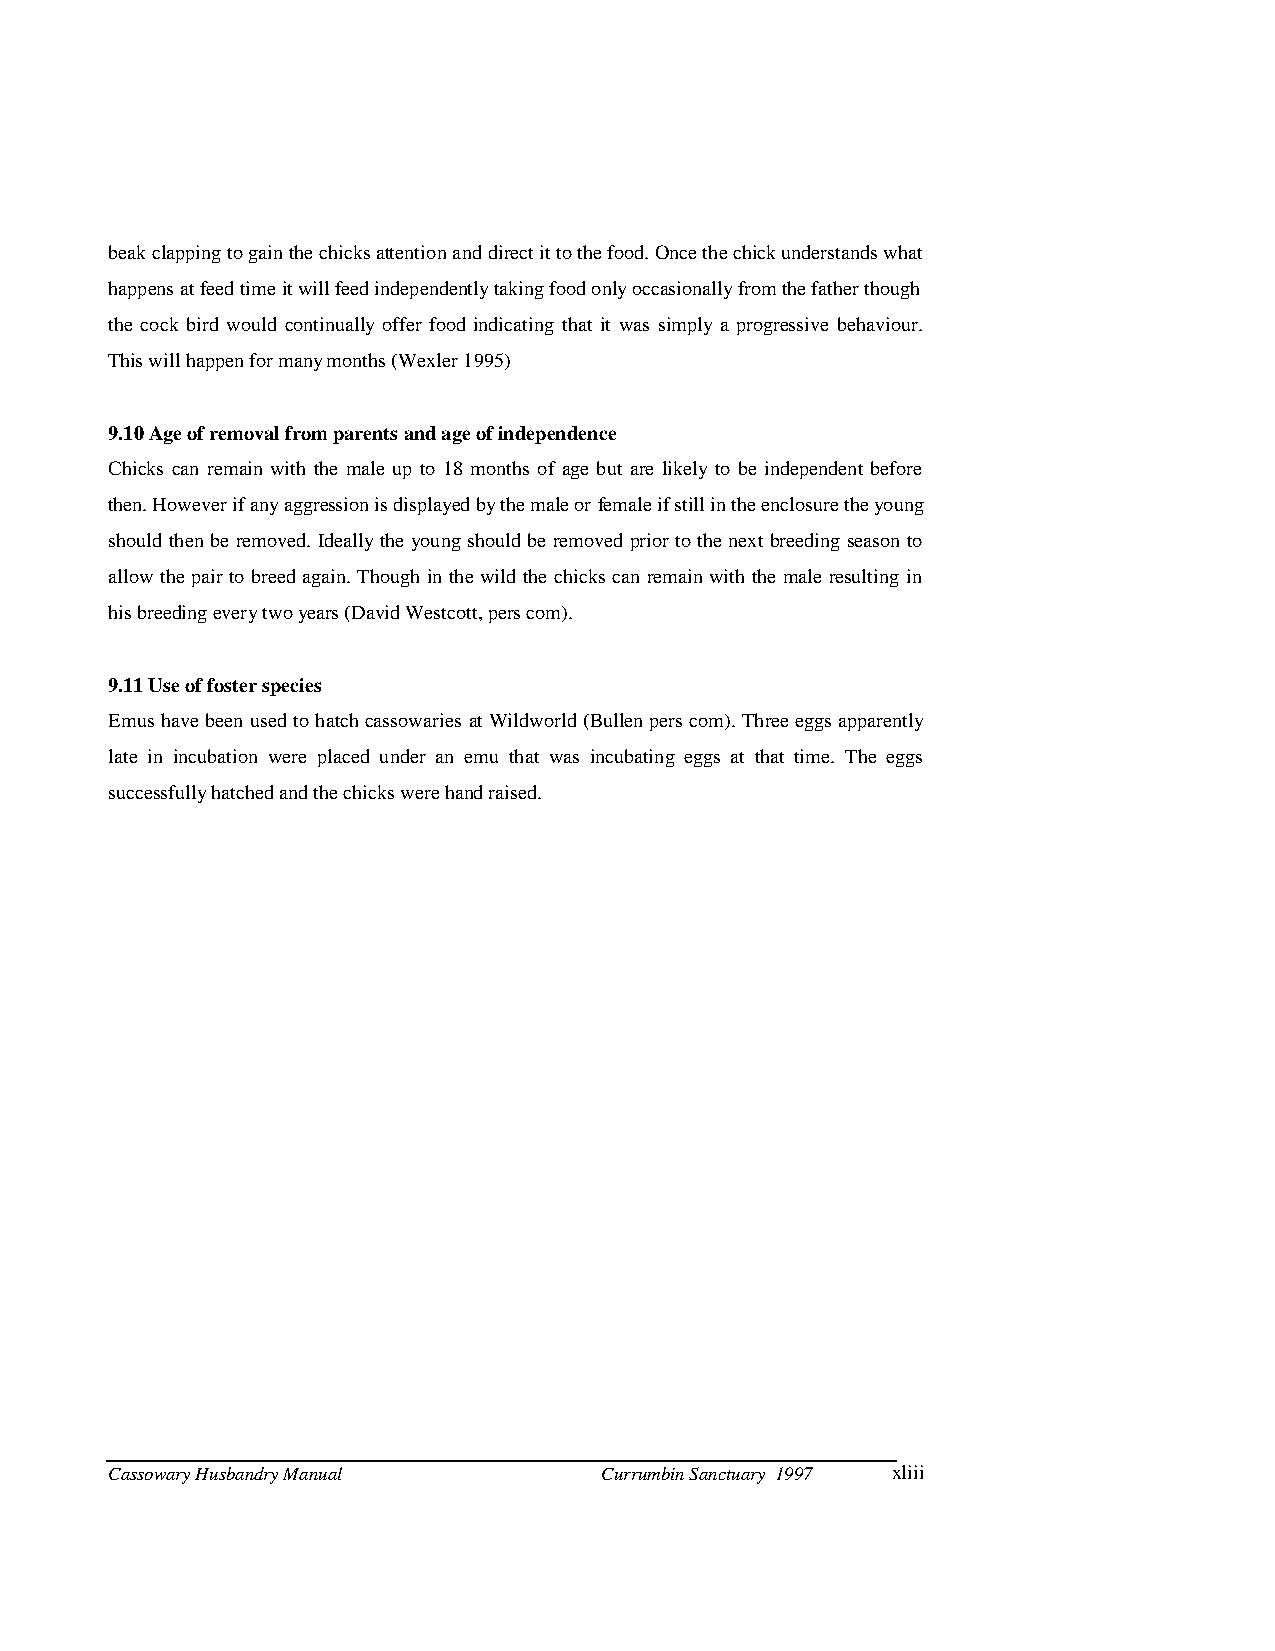
beak clapping to gain the chicks attention and direct it to the food. Once the chick understands what
 happens at feed time it will feed independently taking food only occasionally from the father though
 the cock bird would continually offer food indicating that it was simply a progressive behaviour.
 This will happen for many months (Wexler 1995)
 9.10 Age of removal from parents and age of independence
 Chicks can remain with the male up to 18 months of age but are likely to be independent before
 then. However if any aggression is displayed by the male or female if still in the enclosure the young
 should then be removed. Ideally the young should be removed prior to the next breeding season to
 allow the pair to breed again. Though in the wild the chicks can remain with the male resulting in
 his breeding every two years (David Westcott, pers com).
 9.11 Use of foster species
 Emus have been used to hatch cassowaries at Wildworld (Bullen pers com). Three eggs apparently
 late in incubation were placed under an emu that was incubating eggs at that time. The eggs
 successfully hatched and the chicks were hand raised.
 Cassowary Husbandry Manual       Currumbin Sanctuary 1997 xliii